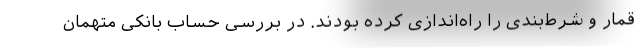
قمار و شرط‌بندی را راه‌اندازی کرده بودند. در بررسی حساب بانکی متهمان